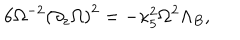
LaTeX: 6 { \Omega ^ { - 2 } } { { ( { \partial _ { z } } \Omega ) } ^ { 2 } } = - { \kappa _ { 5 } ^ { 2 } } { \Omega ^ { 2 } } { \Lambda _ { B } } ,